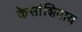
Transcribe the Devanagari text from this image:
केसांशिवाय